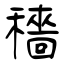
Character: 穡